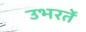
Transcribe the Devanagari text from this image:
उभरतें